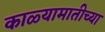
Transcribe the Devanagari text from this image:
काळ्यामातीच्या